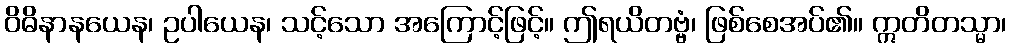
ဝိဓိနာနယေန၊ ဥပါယေန၊ သင့်သော အကြောင့်ဖြင့်။ ဤရယိတဗ္ဗံ၊ ဖြစ်စေအပ်၏။ ဣတိတသ္မာ၊